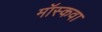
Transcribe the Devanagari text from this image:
मॉस्कवा